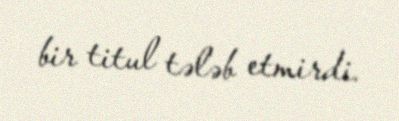
bir titul tələb etmirdi.